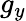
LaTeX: g_{y}